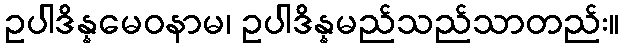
ဥပါဒိန္နမေဝနာမ၊ ဥပါဒိန္နမည်သည်သာတည်း။